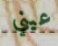
عيني